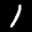
Label: 1